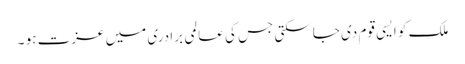
ملک کو ایسی قوم دی جاسکتی جس کی عالمی برادری میں عزت ہو ۔